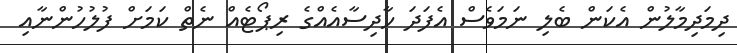
ދިމަދިމާލުން އެކަން ބެލި ނަމަވެސް އެފަދަ ހާދިސާއެއްގެ ރިޕޯޓެއް ނެތް ކަމަށް ފުލުހުންނާއި